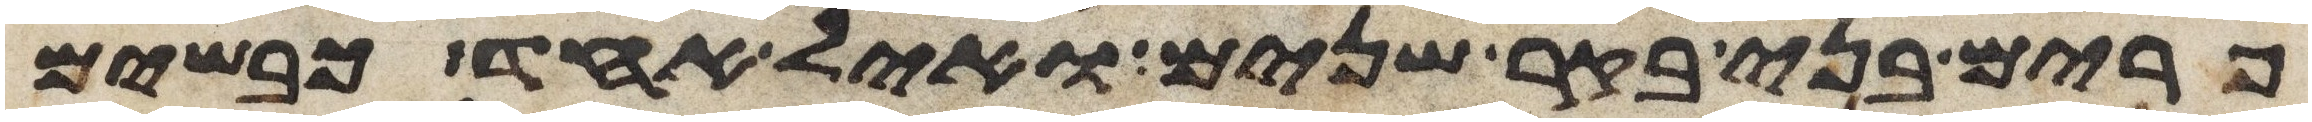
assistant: פרים בני בקר שנים ואיל אחד כבשים